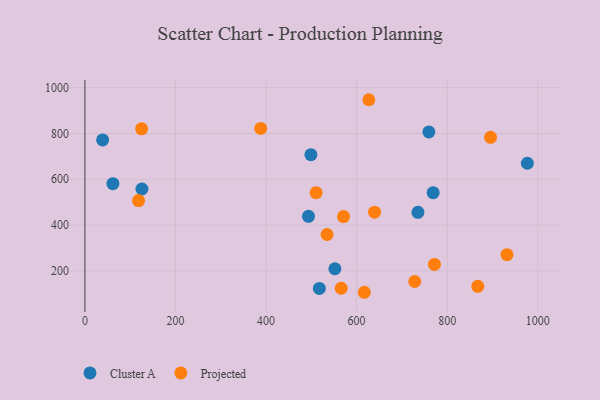
{"axis": {"x": "Distance", "y": "Fuel Efficiency"}, "legend": ["Cluster A", "Projected"], "data": [{"x": "125.9", "y": 557.5, "type": "Cluster A"}, {"x": "977.1", "y": 669.9, "type": "Cluster A"}, {"x": "769.0", "y": 541.4, "type": "Cluster A"}, {"x": "517.7", "y": 122.8, "type": "Cluster A"}, {"x": "61.8", "y": 580.5, "type": "Cluster A"}, {"x": "39.1", "y": 771.8, "type": "Cluster A"}, {"x": "499.1", "y": 707.3, "type": "Cluster A"}, {"x": "735.4", "y": 455.5, "type": "Cluster A"}, {"x": "493.7", "y": 437.9, "type": "Cluster A"}, {"x": "759.6", "y": 806.8, "type": "Cluster A"}, {"x": "552.0", "y": 208.8, "type": "Cluster A"}, {"x": "932.1", "y": 270.3, "type": "Projected"}, {"x": "895.7", "y": 783.1, "type": "Projected"}, {"x": "627.0", "y": 947.6, "type": "Projected"}, {"x": "125.2", "y": 820.6, "type": "Projected"}, {"x": "566.0", "y": 123.7, "type": "Projected"}, {"x": "510.6", "y": 541.5, "type": "Projected"}, {"x": "617.0", "y": 106.0, "type": "Projected"}, {"x": "639.6", "y": 456.1, "type": "Projected"}, {"x": "771.9", "y": 227.8, "type": "Projected"}, {"x": "534.7", "y": 358.6, "type": "Projected"}, {"x": "571.1", "y": 436.9, "type": "Projected"}, {"x": "867.6", "y": 131.9, "type": "Projected"}, {"x": "728.3", "y": 153.0, "type": "Projected"}, {"x": "388.2", "y": 822.2, "type": "Projected"}, {"x": "118.4", "y": 506.8, "type": "Projected"}]}